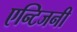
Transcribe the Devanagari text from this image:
एन्टिजनी